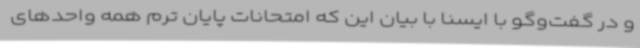
و در گفت‌وگو با ایسنا با بیان این که امتحانات پایان ترم همه‌ واحدهای